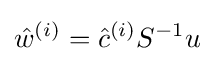
{\hat {w}}^{(i)}={\hat {c}}^{(i)}S^{-1}u